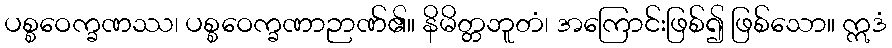
ပစ္စဝေက္ခဏဿ၊ ပစ္စဝေက္ခဏာဉာဏ်၏။ နိမိတ္တဘူတံ၊ အကြောင်းဖြစ်၍ ဖြစ်သော။ ဣဒံ